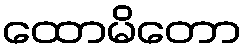
ထောမိတော